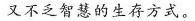
又不乏智慧的生存方式。